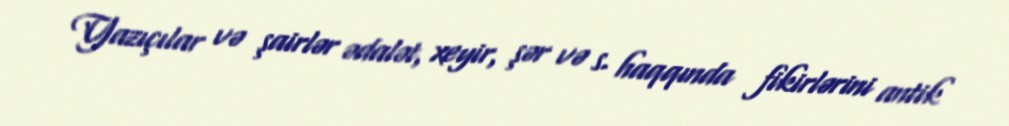
Yazıçılar və şairlər ədalət, xeyir, şər və s. haqqında fikirlərini antik